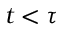
t < \tau